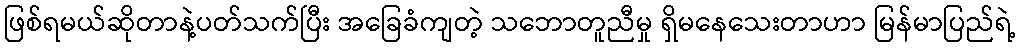
ဖြစ်ရမယ်ဆိုတာနဲ့ပတ်သက်ပြီး အခြေခံကျတဲ့ သဘောတူညီမှု ရှိမနေသေးတာဟာ မြန်မာပြည်ရဲ့